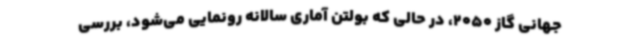
جهانی گاز 2050، در حالی که بولتن آماری سالانه رونمایی می‌شود، بررسی